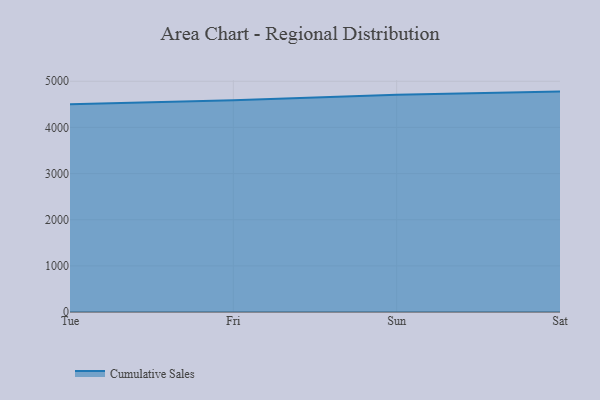
{"axis": {"x": "Day", "y": "Humidity (%)"}, "legend": ["Cumulative Sales"], "data": [{"x": "Tue", "y": 4500.3, "type": "Cumulative Sales"}, {"x": "Fri", "y": 4588.4, "type": "Cumulative Sales"}, {"x": "Sun", "y": 4706.0, "type": "Cumulative Sales"}, {"x": "Sat", "y": 4775.9, "type": "Cumulative Sales"}]}